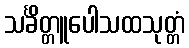
သင်္ခိတ္တူပေါသထသုတ္တံ